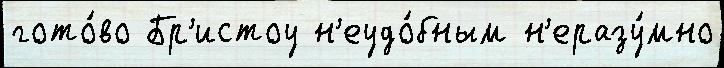
гото́во Бр'истоу н'еудо́бным н'еразу́мно